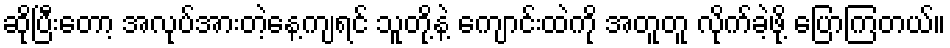
ဆိုပြီးတော့ အလုပ်အားတဲ့နေ့ကျရင် သူတို့နဲ့ ကျောင်းထဲကို အတူတူ လိုက်ခဲ့ဖို့ ပြောကြတယ်။